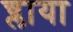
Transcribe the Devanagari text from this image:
च्लाया